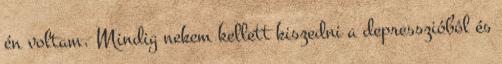
én voltam. Mindig nekem kellett kiszedni a depresszióból és